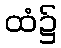
ထံ၌